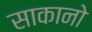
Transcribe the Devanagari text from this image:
साकानो